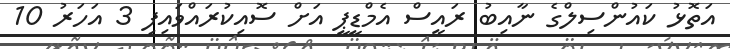
އަތޮޅު ކައުންސިލްގެ ނާއިބު ރައީސް އެމްޑީޕީ އަށް ސޮއިކުރައްވައިފި 3 އަހަރު 10